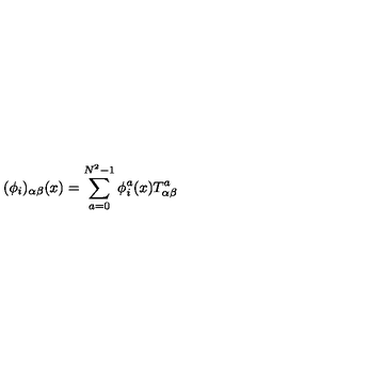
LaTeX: ( \phi _ { i } ) _ { \alpha \beta } ( x ) = \sum _ { a = 0 } ^ { N ^ { 2 } - 1 } \phi _ { i } ^ { a } ( x ) T _ { \alpha \beta } ^ { a }